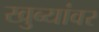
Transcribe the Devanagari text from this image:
खुब्यांवर